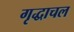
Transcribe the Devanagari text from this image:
गृद्धाचल